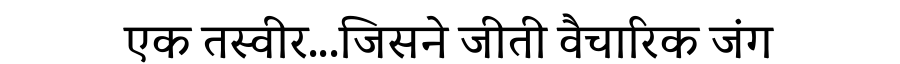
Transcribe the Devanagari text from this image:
एक तस्वीर...जिसने जीती वैचारिक जंग